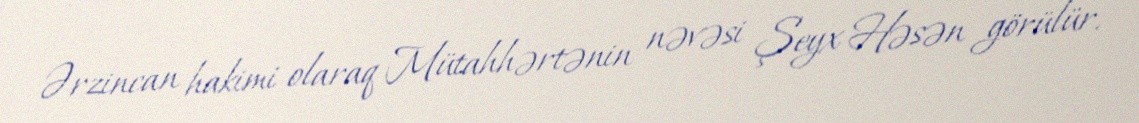
Ərzincan hakimi olaraq Mütahhərtənin nəvəsi Şeyx Həsən görülür.